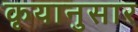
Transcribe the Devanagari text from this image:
कृयानुसार